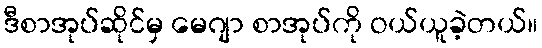
ဒီစာအုပ်ဆိုင်မှ မေဂျာ စာအုပ်ကို ဝယ်ယူခဲ့တယ်။